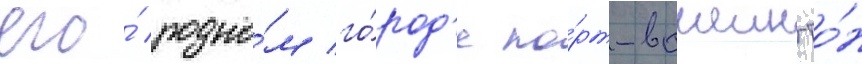
его́ родно́м го́род'е по́рт-вашингто́н